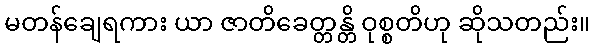
မတန်ချေရကား ယာ ဇာတိခေတ္တန္တိ ဝုစ္စတိဟု ဆိုသတည်း။